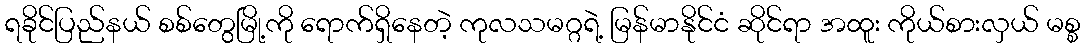
ရခိုင်ပြည်နယ် စစ်တွေမြို့ကို ရောက်ရှိနေတဲ့ ကုလသမဂ္ဂရဲ့ မြန်မာနိုင်ငံ ဆိုင်ရာ အထူး ကိုယ်စားလှယ် မစ္စ